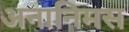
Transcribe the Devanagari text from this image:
अनानिमस